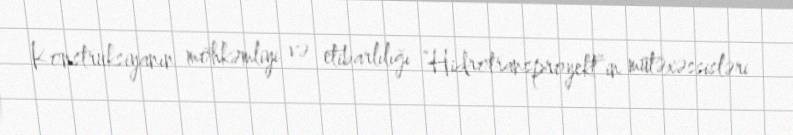
Konstruksiyanın möhkəmliyi və etibarlılığı “Hidrotransproyekt”in mütəxəssisləri